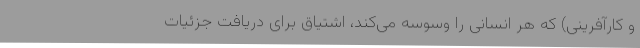
و کارآفرینی) که هر انسانی را وسوسه می‌کند، اشتیاق برای دریافت جزئیات